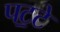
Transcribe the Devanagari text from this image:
पट॒टे